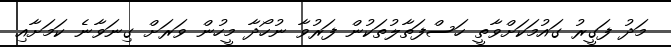
މަދު ފަގީރު ގައުމަކަށްވާތީ ހަސްފަތާލުތަކުން ފަރުވާ ނުހޯދާ މީހުން ވަރަށް ގިނަވާނެ ކަމަށާއި